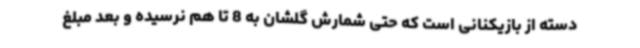
دسته از بازیکنانی است که حتی شمارش گلشان به 8 تا هم نرسیده و بعد مبلغ